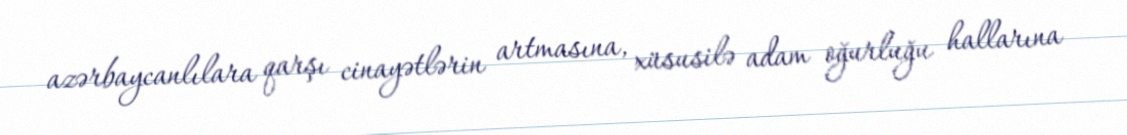
azərbaycanlılara qarşı cinayətlərin artmasına, xüsusilə adam oğurluğu hallarına